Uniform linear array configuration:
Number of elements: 64
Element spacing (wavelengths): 1
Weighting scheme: hann
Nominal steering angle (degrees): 60
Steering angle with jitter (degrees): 60.182
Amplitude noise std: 0.05
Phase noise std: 0.05

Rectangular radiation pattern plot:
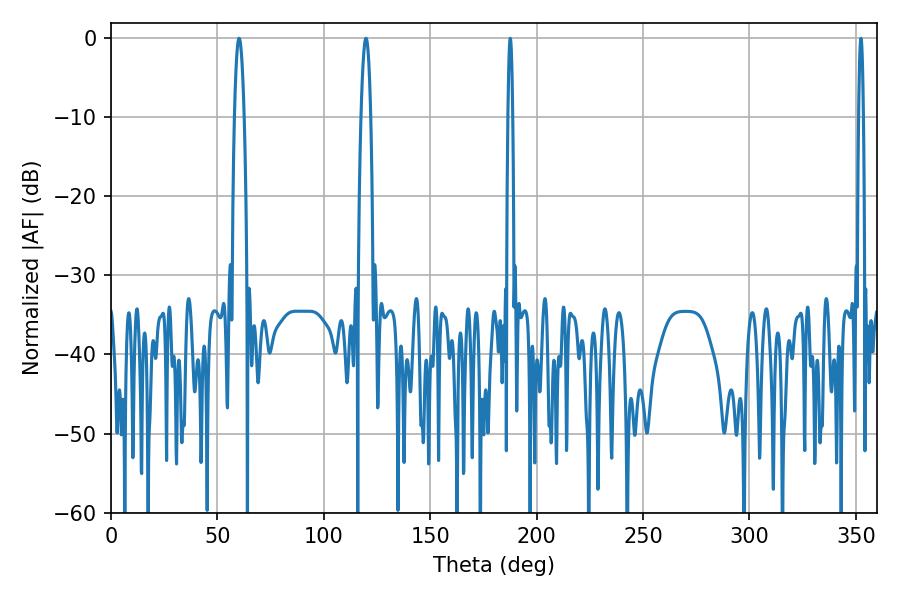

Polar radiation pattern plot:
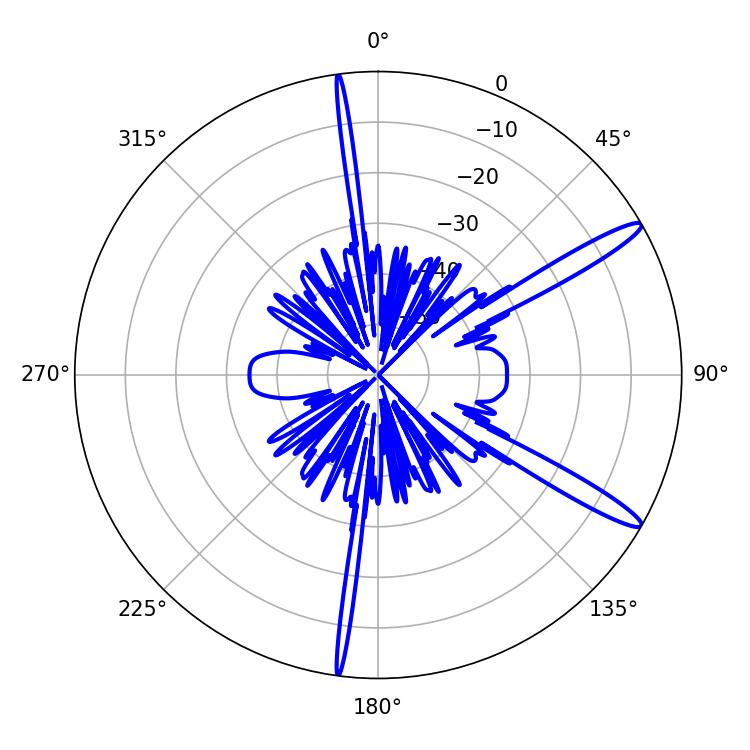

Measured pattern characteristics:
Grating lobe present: TRUE
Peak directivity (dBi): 14.143
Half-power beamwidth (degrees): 2.34
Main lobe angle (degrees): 119.88